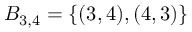
B _ { 3 , 4 } = \{ ( 3 , 4 ) , ( 4 , 3 ) \}